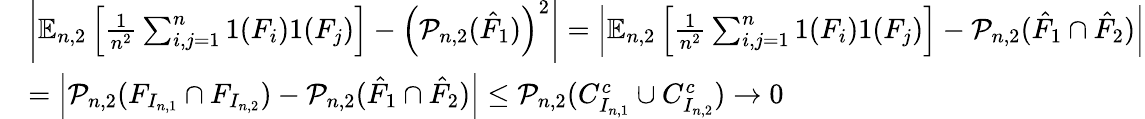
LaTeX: \begin{array}{rl}&{\left|\mathbb{E}_{n,2}\left[\frac{1}{n^{2}}\sum_{i,j=1}^{n}1(F_{i})1(F_{j})\right]-\left(\mathcal{P}_{n,2}(\hat{F}_{1})\right)^{2}\right|=\left|\mathbb{E}_{n,2}\left[\frac{1}{n^{2}}\sum_{i,j=1}^{n}1(F_{i})1(F_{j})\right]-\mathcal{P}_{n,2}(\hat{F}_{1}\cap\hat{F}_{2})\right|}\\ &{=\left|\mathcal{P}_{n,2}(F_{I_{n,1}}\cap F_{I_{n,2}})-\mathcal{P}_{n,2}(\hat{F}_{1}\cap\hat{F}_{2})\right|\le\mathcal{P}_{n,2}(C_{I_{n,1}}^{c}\cup C_{I_{n,2}}^{c})\rightarrow 0}\end{array}